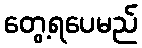
တွေ့ရပေမည်